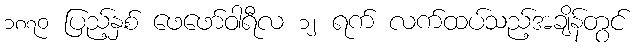
၁၈၇၀ ပြည့်နှစ် ဖေဖော်ဝါရီလ ၁၂ ရက် လက်ထပ်သည့်အချိန်တွင်